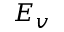
E _ { v }